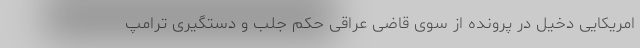
امریکایی دخیل در پرونده از سوی قاضی عراقی حکم جلب و دستگیری ترامپ